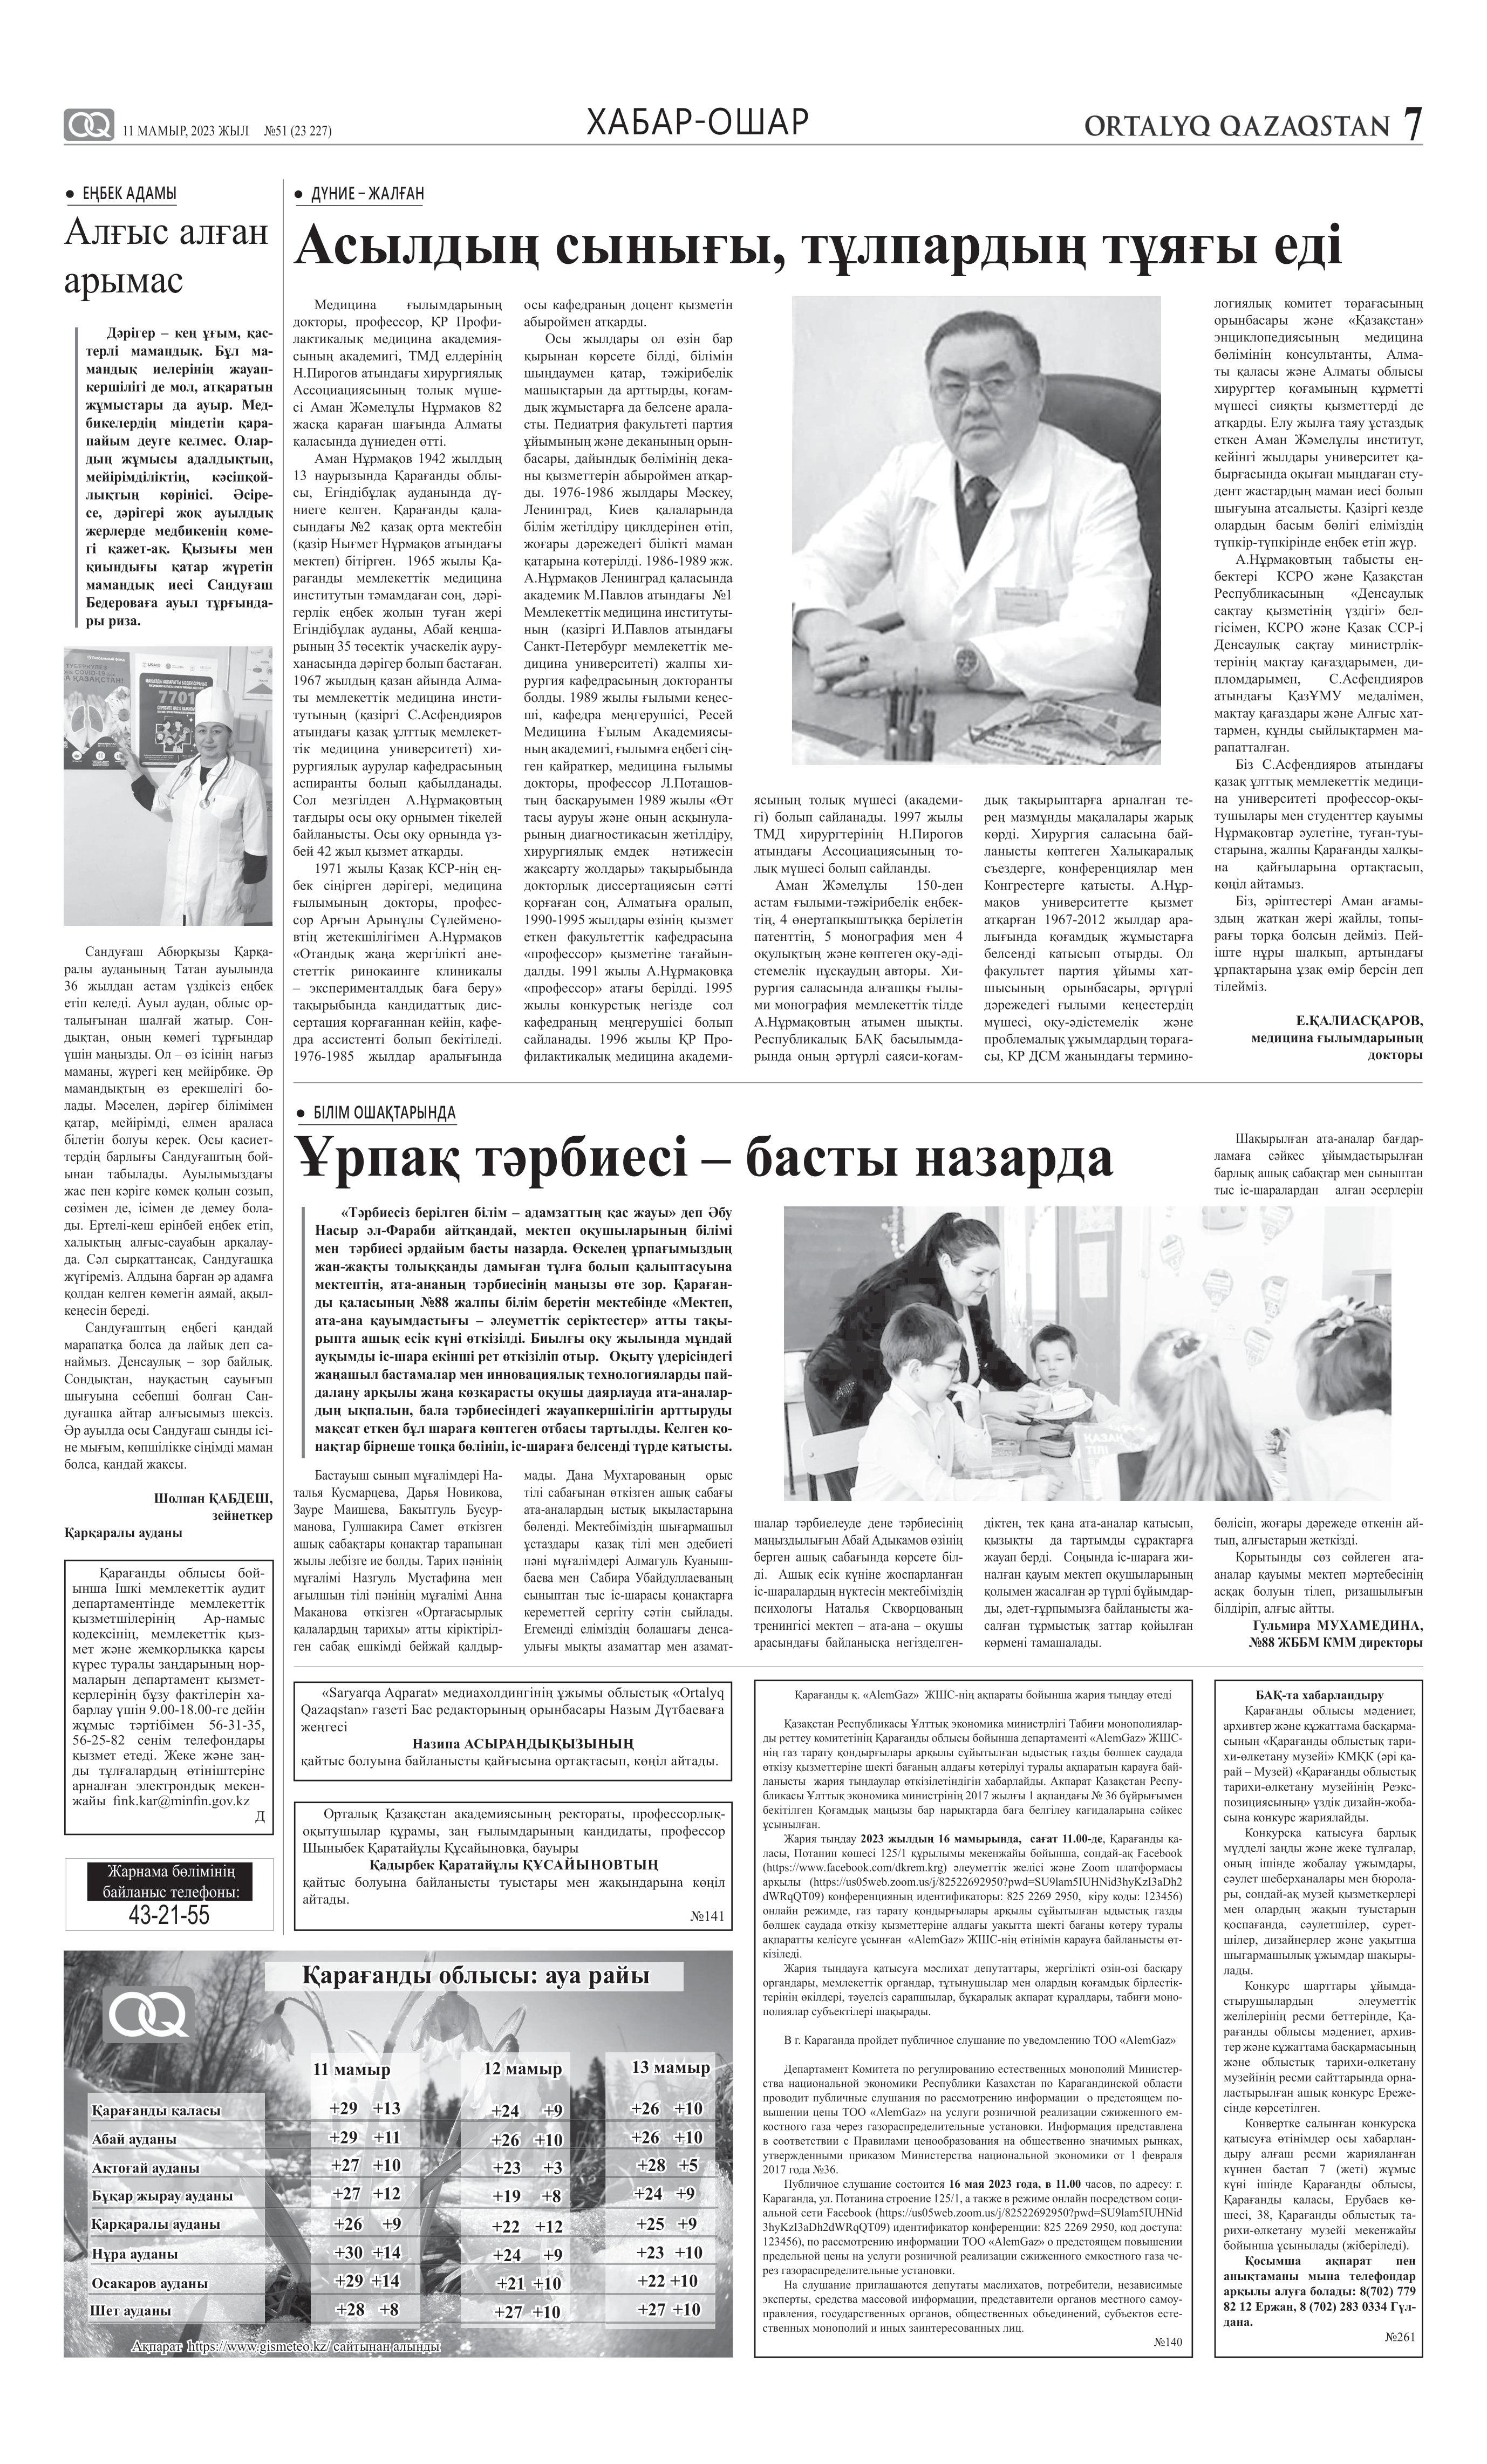
Language: kk